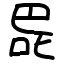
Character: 巼